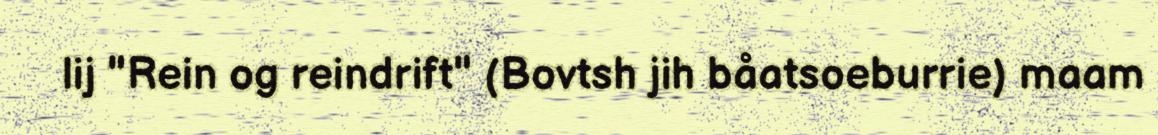
lij "Rein og reindrift" (Bovtsh jih båatsoeburrie) maam